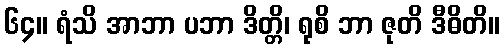
၆၄။ ရံသိ အာဘာ ပဘာ ဒိတ္တိ၊ ရုစိ ဘာ ဇုတိ ဒီဓိတိ။